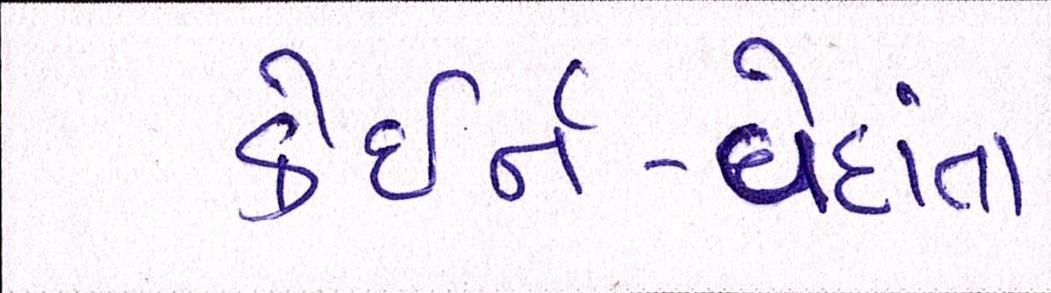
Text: કેઇર્ન-વેદાંતા